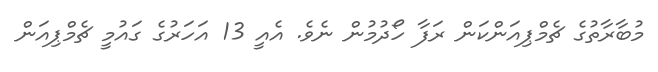
މުބާރާތުގެ ޗެމްޕިއަންކަން ރަފާ ހޯދުމުން ނެވެ. އެއީ 13 އަހަރުގެ ގައުމީ ޗެމްޕިއަން